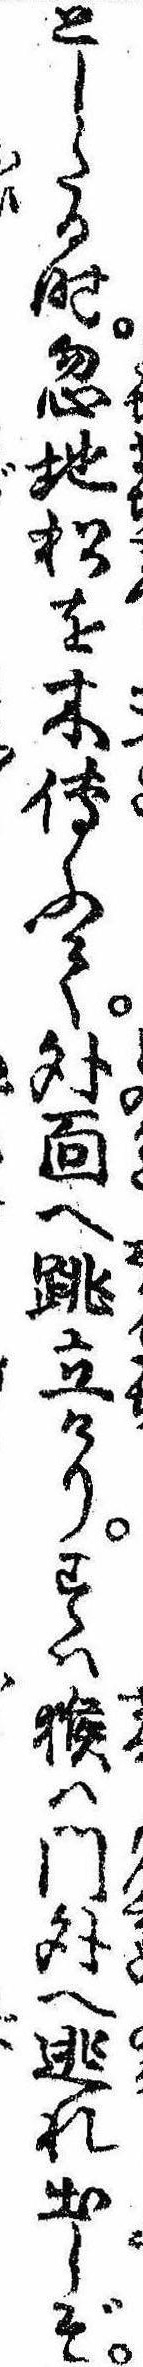
としたる時忽地松を木伝ふて外面へ跳立けりすは猴は門外へ逃れ出しぞ